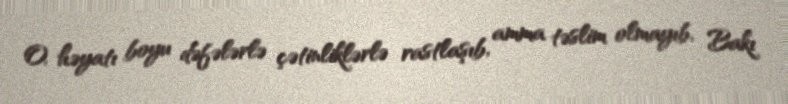
O, həyatı boyu dəfələrlə çətinliklərlə rastlaşıb, amma təslim olmayıb, Bakı